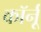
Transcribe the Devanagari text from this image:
कॉर्नू